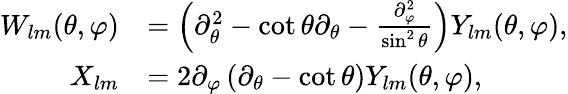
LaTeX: \begin{array}{rl}{W_{lm}(\theta,\varphi)}&{=\left(\partial_{\theta}^{2}-\cot\theta\partial_{\theta}-\frac{\partial_{\varphi}^{2}}{\sin^{2}\theta}\right)Y_{lm}(\theta,\varphi),}\\ {X_{lm}}&{=2\partial_{\varphi}\left(\partial_{\theta}-\cot\theta\right)Y_{lm}(\theta,\varphi),}\end{array}